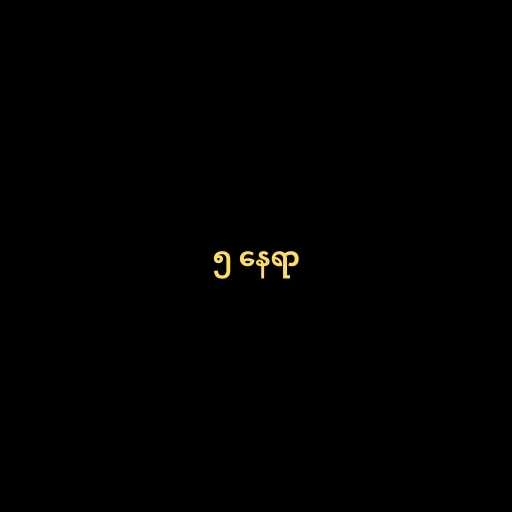
၅ နေရာ